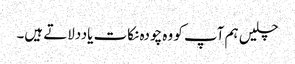
چلیں ہم آپ کو وہ چودہ نکات یاددلاتے ہیں۔